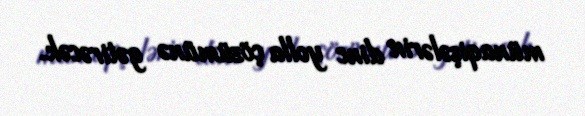
münaqişələrin dinc yolla çözümünə gətirəcək.